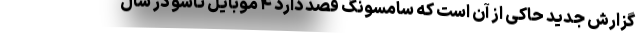
گزارش جدید حاکی از آن است که سامسونگ قصد دارد ۴ موبایل تاشو در سال